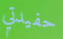
حفيدتي